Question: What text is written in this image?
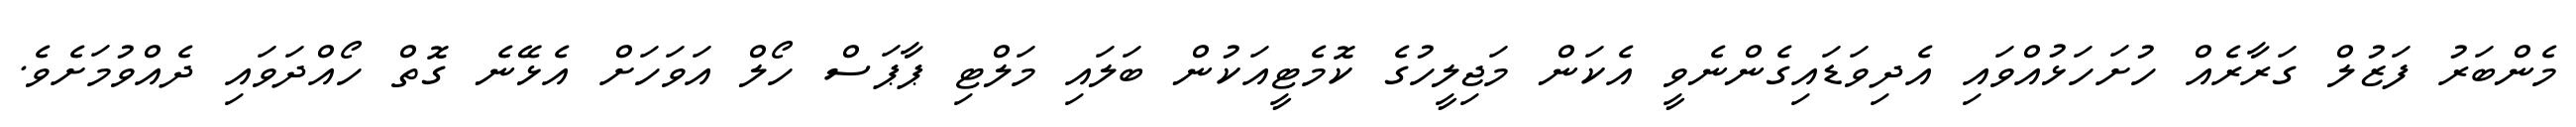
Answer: މެންބަރު ފަޒުލް ގަރާރެއް ހުށަހަޅުއްވައި އެދިވަޑައިގެންނެވީ އެކަން މަޖިލީހުގެ ކޮމެޓީއަކުން ބަލައި މަލްޓި ޕާޕަސް ހޯލް އަވަހަށް އެޅޭނެ ގޮތް ހޯއްދަވައި ދެއްވުމަށެވެ.